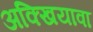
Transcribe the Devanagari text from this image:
अक्खियावा